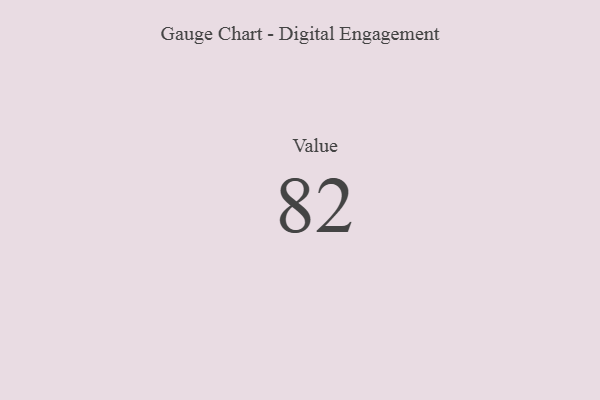
{"axis": {"x": "Metric", "y": "Value"}, "legend": [""], "data": [{"x": "Value", "y": 82, "type": ""}]}